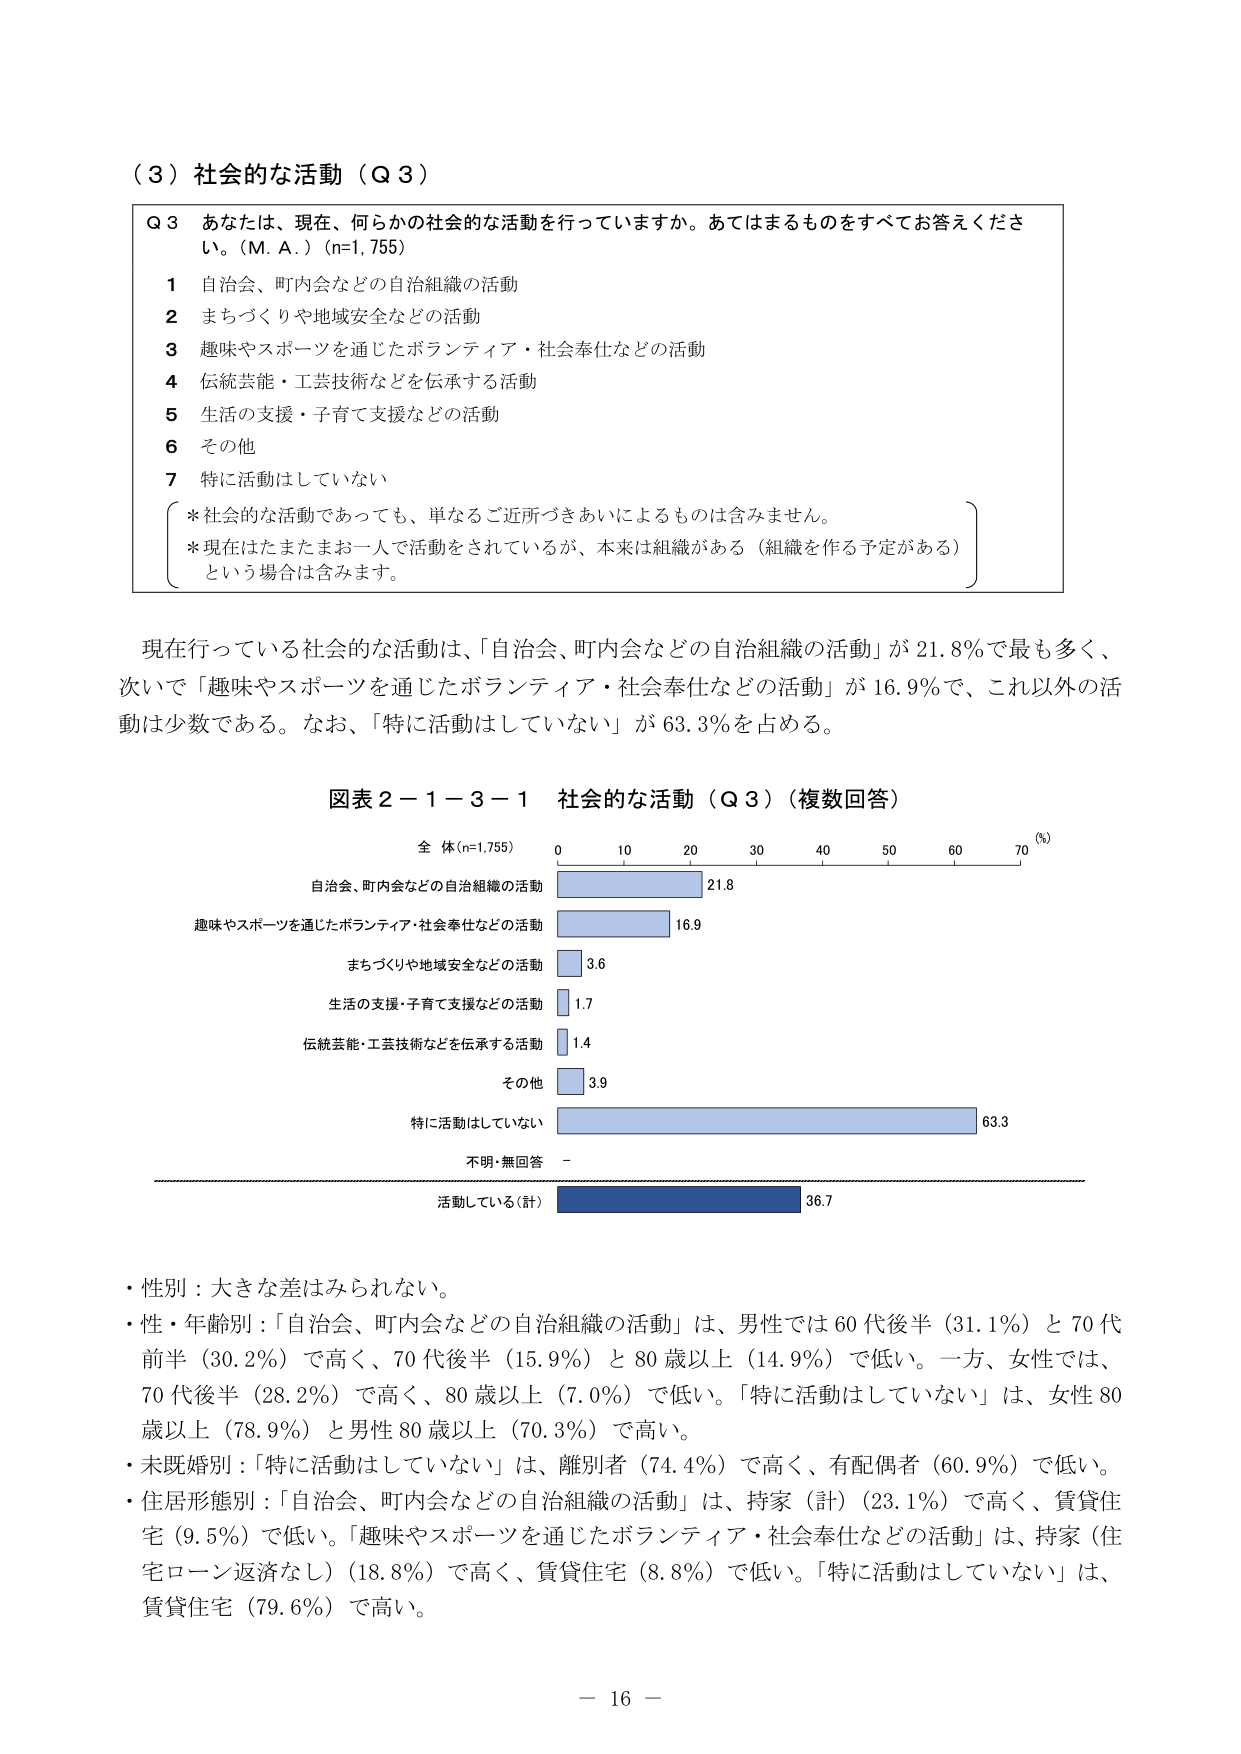
（３）社会的な活動（Ｑ３）

Ｑ３ あなたは、現在、何らかの社会的な活動を行っていますか。あてはまるものをすべてお答えください。（Ｍ．Ａ．）（n=1,755）

１ 自治会、町内会などの自治組織の活動
２ まちづくりや地域安全などの活動
３ 趣味やスポーツを通じたボランティア・社会奉仕などの活動
４ 伝統芸能・工芸技術などを伝承する活動
５ 生活の支援・子育て支援などの活動
６ その他
７ 特に活動はしていない

※社会的な活動であっても、単なるご近所づきあいによるものは含みません。
※現在はたまたまお一人で活動をされているが、本来は組織がある（組織を作る予定がある）という場合は含みます。

現在行っている社会的な活動は、「自治会、町内会などの自治組織の活動」が21.8％で最も多く、次いで「趣味やスポーツを通じたボランティア・社会奉仕などの活動」が16.9％で、これ以外の活動は少数である。なお、「特に活動はしていない」が63.3％を占める。

図表２－１－３－１ 社会的な活動（Ｑ３）（複数回答）

全 体(n=1,755)
0 10 20 30 40 50 60 70 (%)

自治会、町内会などの自治組織の活動 21.8
趣味やスポーツを通じたボランティア・社会奉仕などの活動 16.9
まちづくりや地域安全などの活動 3.6
生活の支援・子育て支援などの活動 1.7
伝統芸能・工芸技術などを伝承する活動 1.4
その他 3.9
特に活動はしていない 63.3
不明・無回答 －
活動している(計) 36.7

・性別：大きな差はみられない。
・性・年齢別：「自治会、町内会などの自治組織の活動」は、男性では60代後半（31.1％）と70代前半（30.2％）で高く、70代後半（15.9％）と80歳以上（14.9％）で低い。一方、女性では、70代後半（28.2％）で高く、80歳以上（7.0％）で低い。「特に活動はしていない」は、女性80歳以上（78.9％）と男性80歳以上（70.3％）で高い。
・未既婚別：「特に活動はしていない」は、離別者（74.4％）で高く、有配偶者（60.9％）で低い。
・住居形態別：「自治会、町内会などの自治組織の活動」は、持家（計）（23.1％）で高く、賃貸住宅（9.5％）で低い。「趣味やスポーツを通じたボランティア・社会奉仕などの活動」は、持家（住宅ローン返済なし）（18.8％）で高く、賃貸住宅（8.8％）で低い。「特に活動はしていない」は、賃貸住宅（79.6％）で高い。

－ 16 －